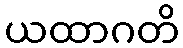
ယထာဂတိ